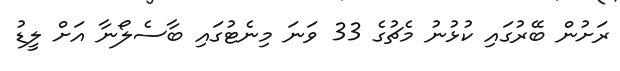
ރަށުން ބޭރުގައި ކުޅުނު މެޗުގެ 33 ވަނަ މިނެޓުގައި ބާސެލޯނާ އަށް ލީޑު